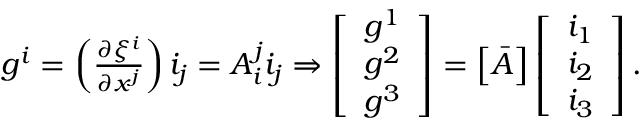
\begin{array} { r } { \boldsymbol { g ^ { i } } = \left( \frac { \partial \xi ^ { i } } { \partial x ^ { j } } \right) \boldsymbol { i _ { j } } = A _ { i } ^ { j } \boldsymbol { i _ { j } } \Rightarrow \left[ \begin{array} { l } { \boldsymbol { g ^ { 1 } } } \\ { \boldsymbol { g ^ { 2 } } } \\ { \boldsymbol { g ^ { 3 } } } \end{array} \right] = \left[ \boldsymbol { \bar { A } } \right] \left[ \begin{array} { l } { \boldsymbol { i _ { 1 } } } \\ { \boldsymbol { i _ { 2 } } } \\ { \boldsymbol { i _ { 3 } } } \end{array} \right] . } \end{array}